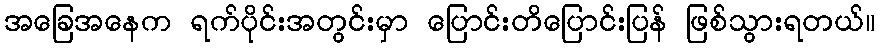
အခြေအနေက ရက်ပိုင်းအတွင်းမှာ ပြောင်းတိပြောင်းပြန် ဖြစ်သွားရတယ်။